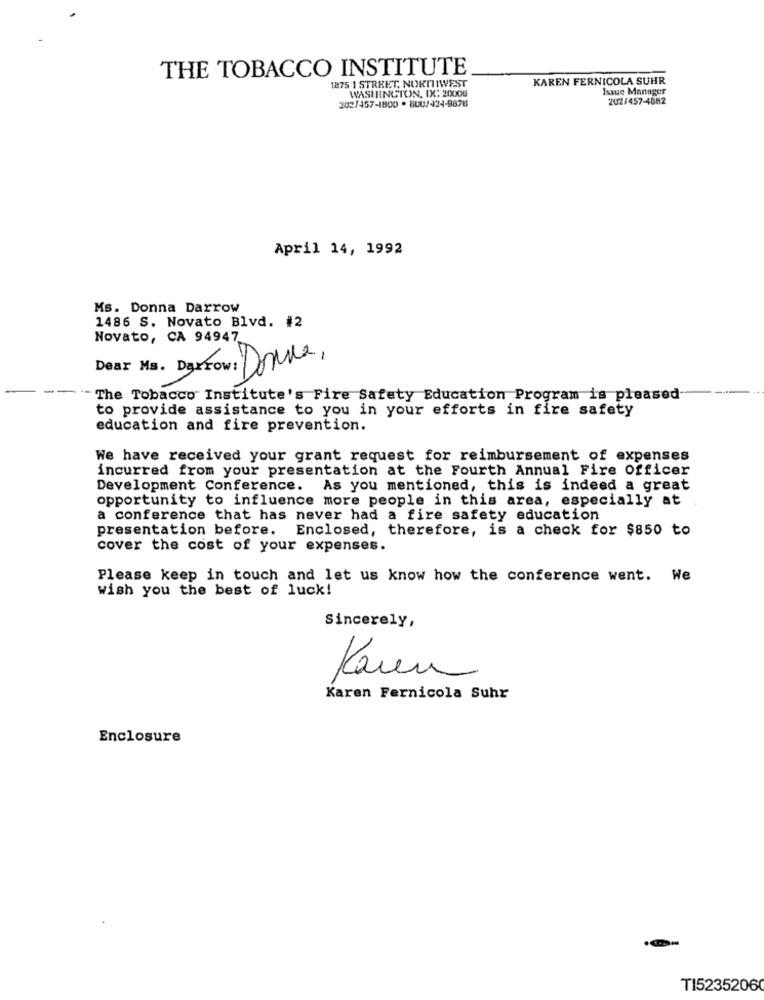
THE TOBACCO INSTITUTE
1875 1 STREET, NORTHWEST
KAREN FERNICOLA SUHR
WASHINGTON, DX: 20000
Issue Manager
202/457-1800 . BU0/424-9878
202/457-4882
April 14, 1992
Ms. Donna Darrow
1486 S. Novato Blvd. #2
Novato, CA 94947
Dear Ms. DarFÓw: Donne,
The Tobacco Institute's Fire Safety Education Program is pleased
to provide assistance to you in your efforts in fire safety
education and fire prevention.
We have received your grant request for reimbursement of expenses
incurred from your presentation at the Fourth Annual Fire officer
Development Conference. As you mentioned, this is indeed a great
opportunity to influence more people in this area, especially at
a conference that has never had a fire safety education
presentation before. Enclosed, therefore, is a check for $850 to
cover the cost of your expenses.
Please keep in touch and let us know how the conference went. We
wish you the best of luck!
Sincerely,
Karen Fernicola Suhr
Enclosure
TI52352060